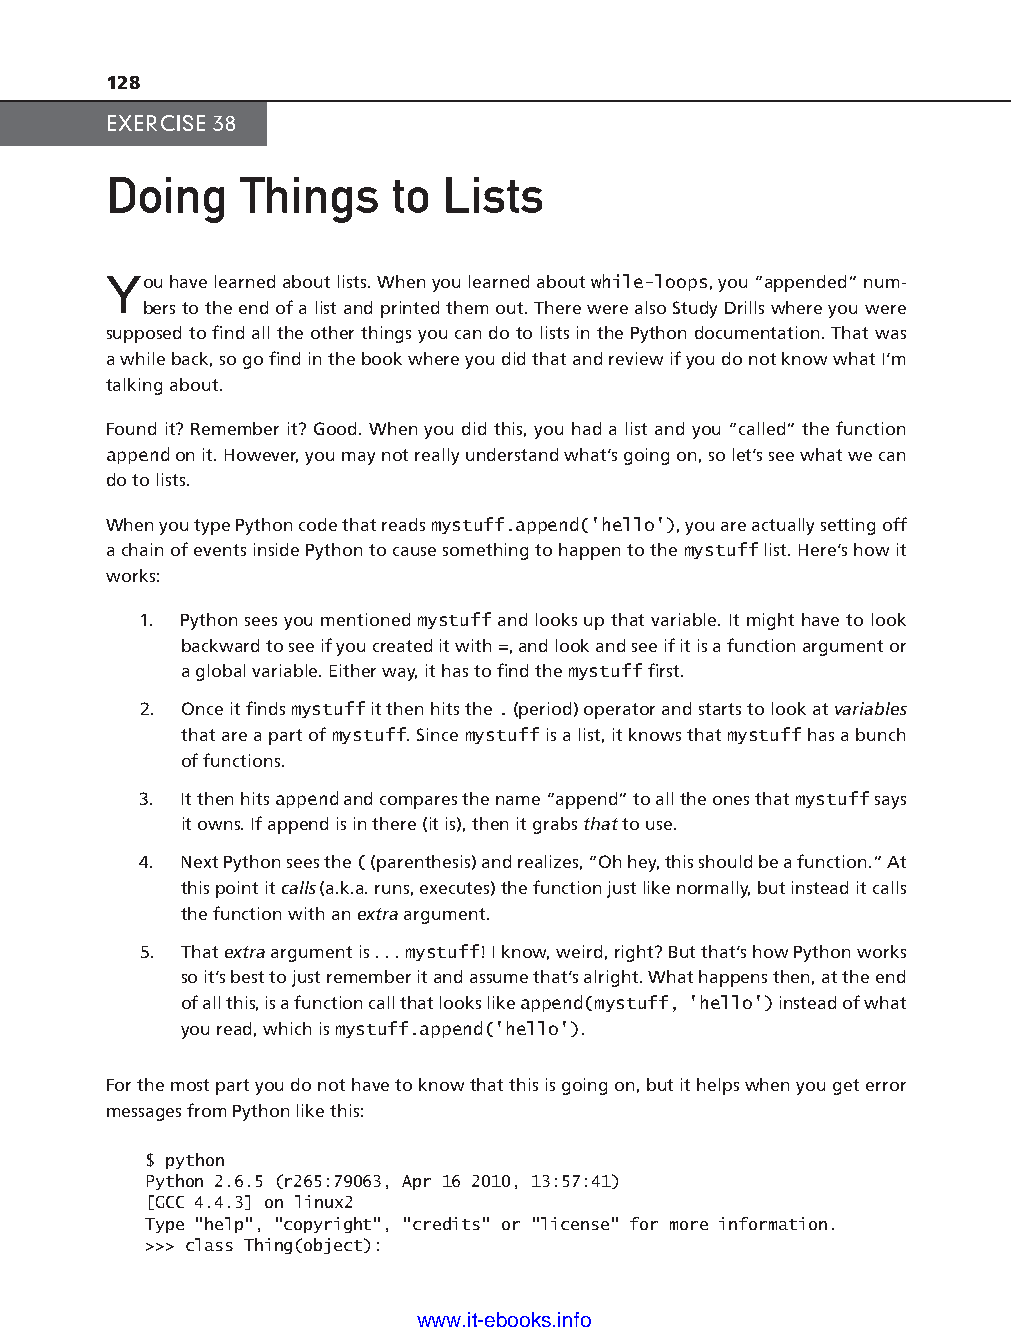
128
 EXERCISE 38
 Doing    Things    to Lists
 You have learned about lists. When you learned about while-l oops, you “appended” num-
 bers to the end of a list and printed them out. There were also Study Drills where you were
 supposed to fi nd all the other things you can do to lists in the Python documentation. That was
 a while back, so go fi nd in the book where you did that and review if you do not know what I’m
 talking about.
 Found it? Remember it? Good. When you did this, you had a list and you “called” the function
 append on it. However, you may not really understand what’s going on, so let’s see what we can
 do to lists.
 When you type Python code that reads mystuff.append('hello'), you are actually setting off
 a chain of events inside Python to cause something to happen to the mystuff list. Here’s how it
 works:
 1. Python sees you mentioned mystuff and looks up that variable. It might have to look
 backward to see if you created it with =, and look and see if it is a function argument or
 a global variable. Either way, it has to fi nd the mystuff fi rst.
 ptg11539604
 2. Once it fi nds mystuff it then hits the . (period) operator and starts to look at variables
 that are a part of mystuff. Since mystuff is a list, it knows that mystuff has a bunch
 of functions.
 3. It then hits append and compares the name “append” to all the ones that mystuff says
 it owns. If append is in there (it is), then it grabs that to use.
 4. Next Python sees the ( (parenthesis) and realizes, “Oh hey, this should be a function.” At
 this point it calls (a.k.a. runs, executes) the function just like normally, but instead it calls
 the function with an extra argument.
 5. That extra argument is . . . mystuff! I know, weird, right? But that’s how Python works
 so it’s best to just remember it and assume that’s alright. What happens then, at the end
 of all this, is a function call that looks like append(mystuff, 'hello') instead of what
 you read, which is mystuff.append('hello').
 For the most part you do not have to know that this is going on, but it helps when you get error
 messages from Python like this:
 $ python
 Python 2.6.5 (r265:79063, Apr 16 2010, 13:57:41)
 [GCC 4.4.3] on linux2
 Type "help", "copyright", "credits" or "license" for more information.
 >>> class Thing(object):
 www.it-ebooks.info